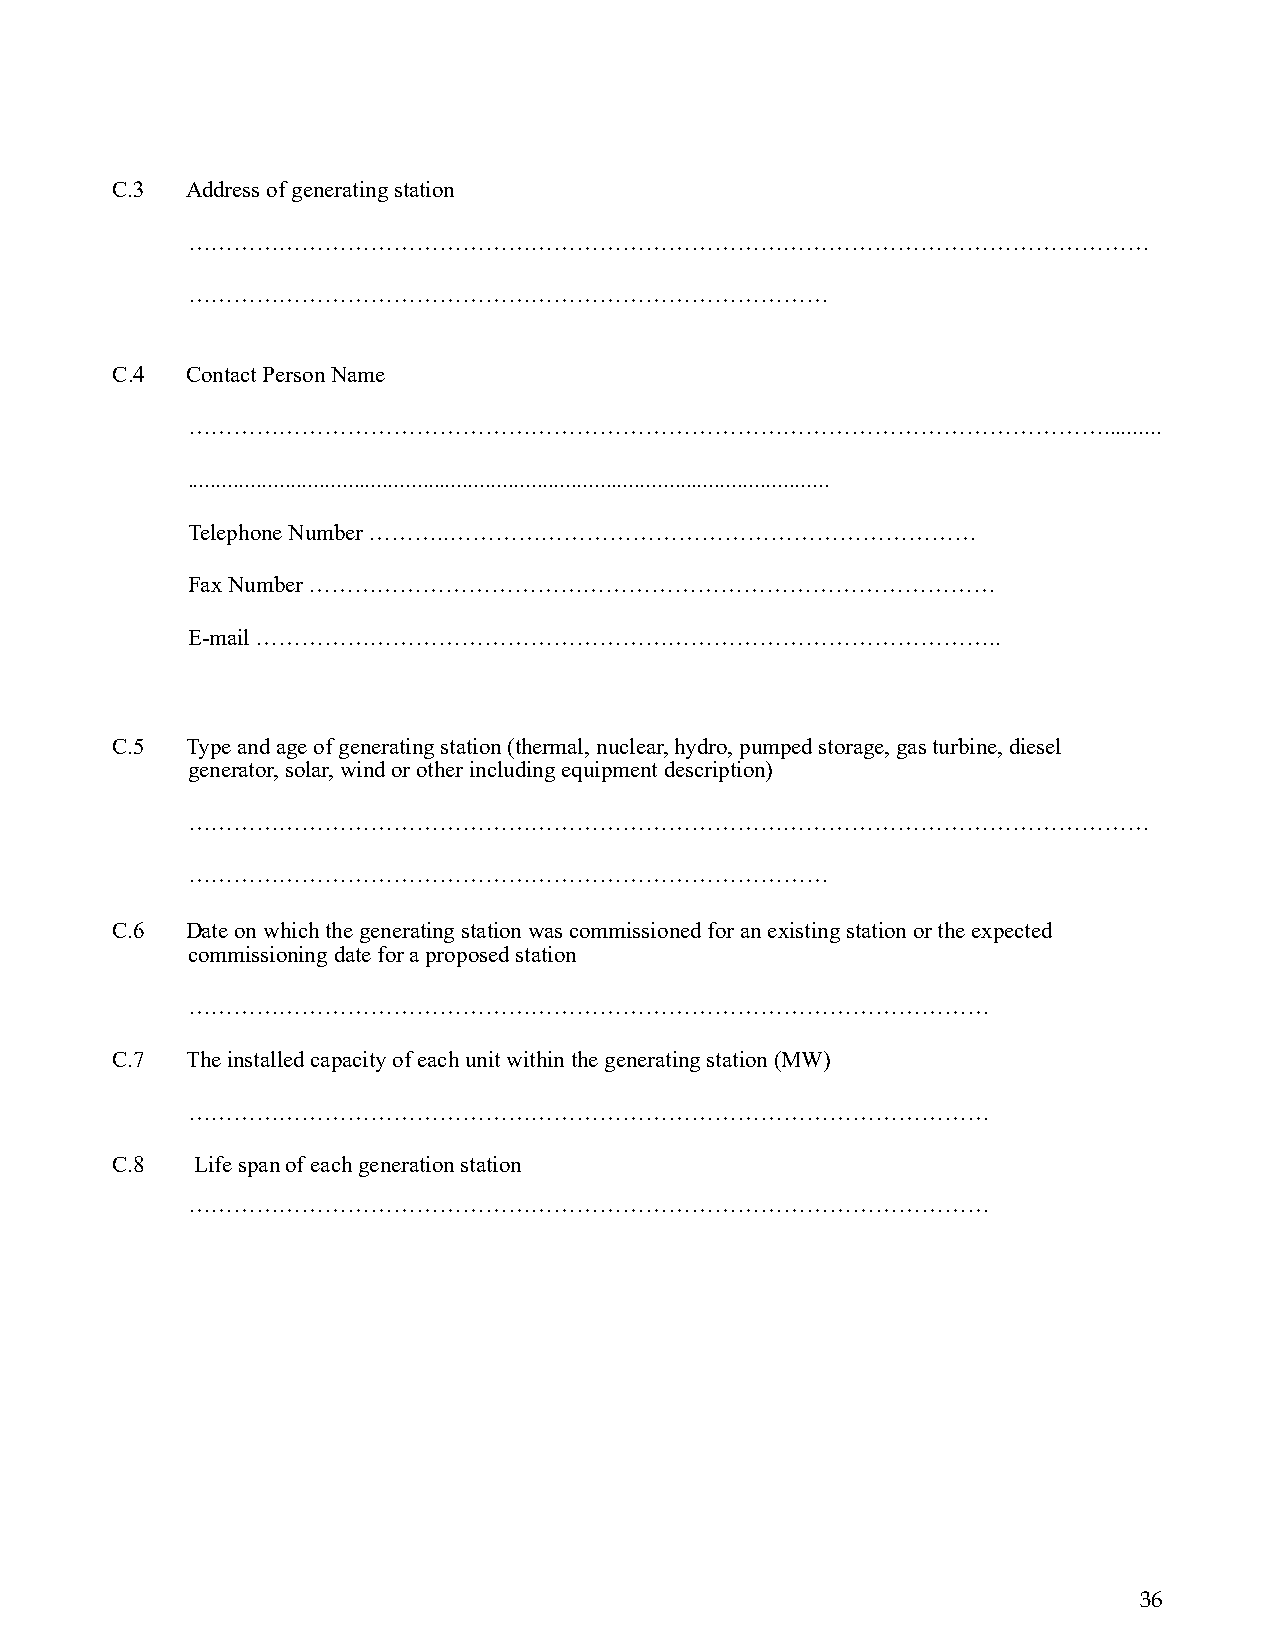
C.3  Address of generating station
 ………………………………………………………………………………………………………………
 …………………………………………………………………………
 C.4  Contact Person Name
 …………………………………………………………………………………………………………..........
 ................................................................................................................
 Telephone Number ………..……………………………………………………………
 Fax Number ………………………………………………………………………………
 E-mail ……………………………………………………………………………………..
 C.5  Type and age of generating station (thermal, nuclear, hydro, pumped storage, gas turbine, diesel
 generator, solar, wind or other including equipment description)
 ………………………………………………………………………………………………………………
 …………………………………………………………………………
 C.6  Date on which the generating station was commissioned for an existing station or the expected
 commissioning date for a proposed station
 ……………………………………………………………………………………………
 C.7  The installed capacity of each unit within the generating station (MW)
 ……………………………………………………………………………………………
 C.8   Life span of each generation station
 ……………………………………………………………………………………………
 36